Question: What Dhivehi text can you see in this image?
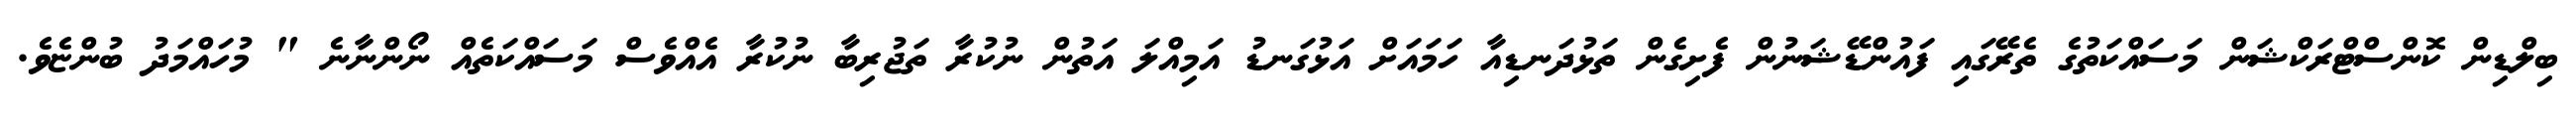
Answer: ބިލްޑިން ކޮންސްޓްރަކްޝަން މަސައްކަތުގެ ތެރޭގައި ފައުންޑޭޝަނުން ފެށިގެން ތަޅުދަނޑިއާ ހަމައަށް އަޅުގަނޑު އަމިއްލަ އަތުން ނުކުރާ ތަޖުރިބާ ނުކުރާ އެއްވެސް މަސައްކަތެއް ނޯންނާނެ " މުހައްމަދު ބުންޏެވެ.